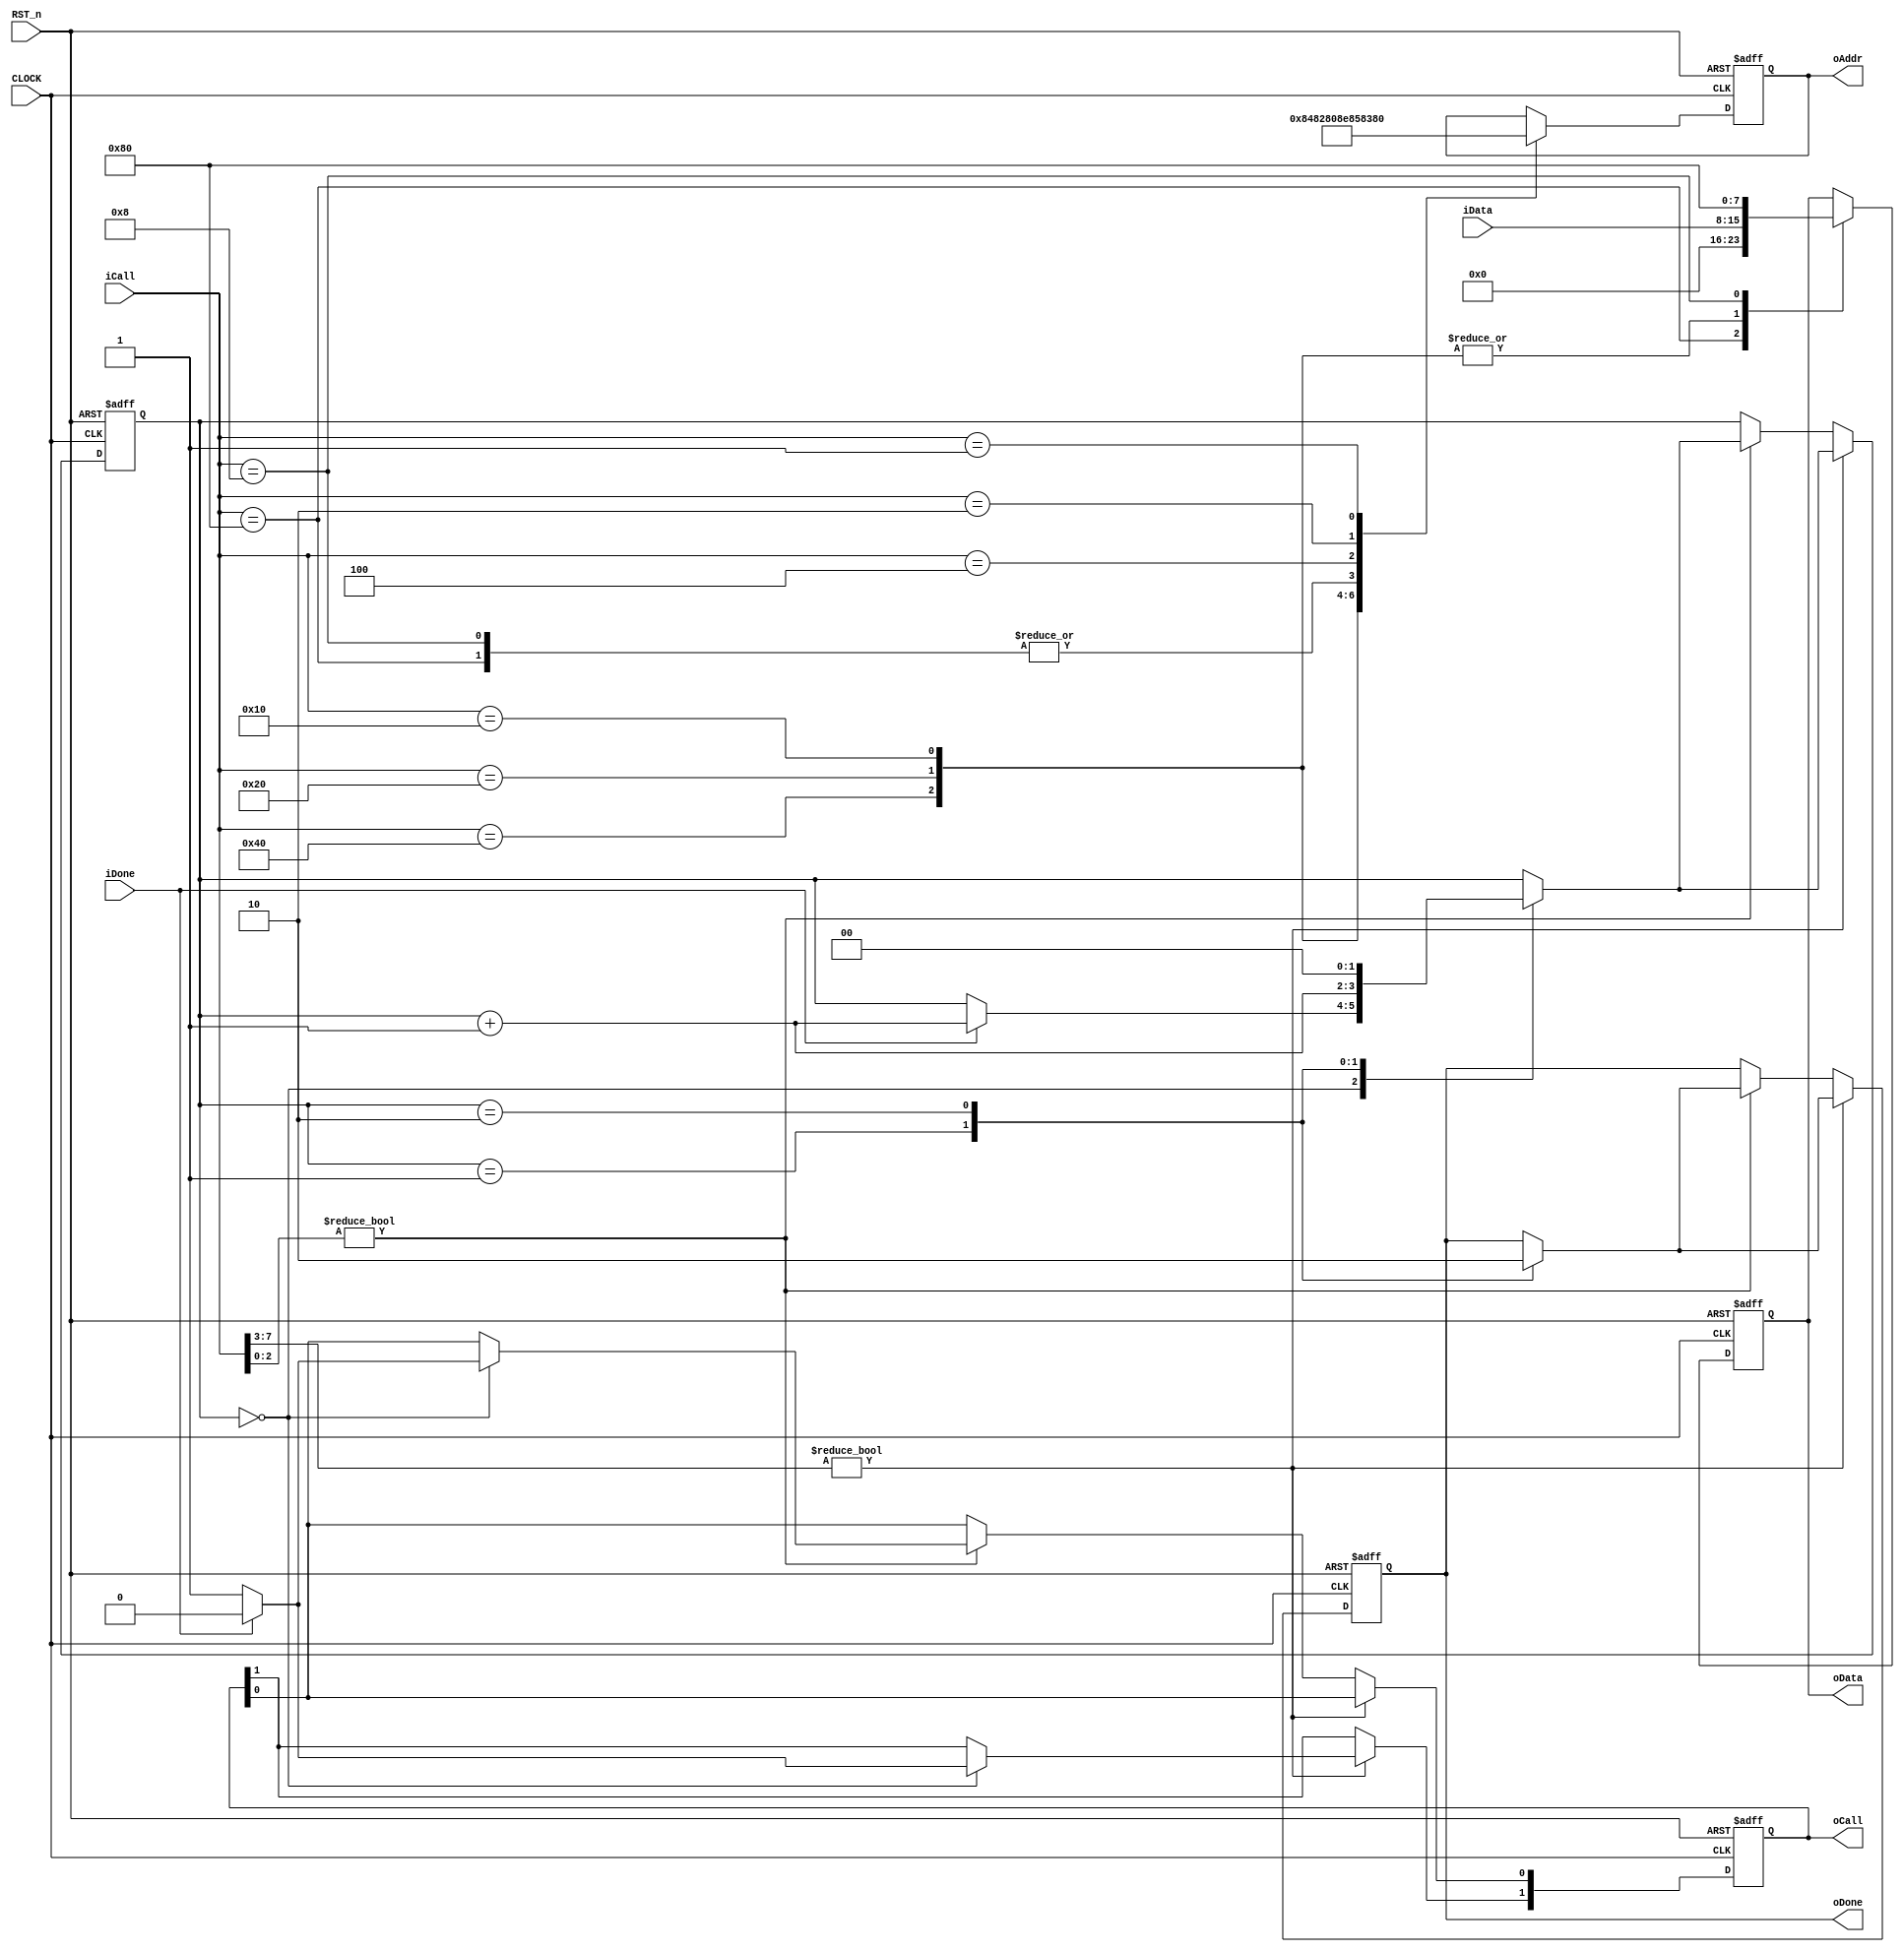
//****************************************************************************//
//# @Author: 
//# @Date:   2019-05-19 20:55:44
//# @Last Modified by:   zlk
//# @WeChat Official Account: OpenFPGA
//# @Last Modified time: 2019-05-19 21:05:49
//# Description: 
//# @Modification History: 2019-05-19 20:58:05
//# Date			    By			   Version			   Change Description: 
//# ========================================================================= #
//# 2019-05-19 20:58:05
//# ========================================================================= #
//# |                                          								| #
//# |                                OpenFPGA     							| #
//****************************************************************************//
module ds1302_ctrlmod
(
    input CLOCK, RST_n,	 
	 input [7:0]iCall,
	 output oDone,
	 input [7:0]iData,
	 output [1:0]oCall,
	 input iDone,
	 output [7:0]oAddr, oData
);	 
	 reg [7:0]D1,D2;
	 
	 always @ ( posedge CLOCK or negedge RST_n )
	     if( !RST_n )
		      begin
				    D1 <= 8'd0;
					 D2 <= 8'd0;
				end
		  else 
		      case( iCall[7:0] )
				
				    8'b1000_0000 : // Write unprotect
					 begin D1 = 8'h8E; D2 = 8'b0000_0000; end
					
				    8'b0100_0000 : // Write hour
					 begin D1 = 8'h84; D2 = iData; end
					 
					 8'b0010_0000 : // Write minit
					 begin D1 = 8'h82; D2 = iData; end
					 
					 8'b0001_0000 : // Write second
					 begin D1 = 8'h80; D2 = iData; end
					 
					 8'b0000_1000 : // Write protect
					 begin D1 = 8'h8E; D2 = 8'b1000_0000; end
					 
					 8'b0000_0100 : // Read hour
					 begin D1 = 8'h85; end
					 
					 8'b0000_0010 : // Read minit
					 begin D1 = 8'h83; end
					 
					 8'b0000_0001 : // Read second  
					 begin D1 = 8'h81; end
				
				endcase
	 
	 reg [1:0]i;
	 reg [1:0]isCall;
	 reg isDone;
	 
	 always @ ( posedge CLOCK or negedge RST_n )
	     if( !RST_n )
		      begin
				     i <= 2'd0;
					 isCall <= 2'b00;
					 isDone <= 1'b0;
				end
		  else if( iCall[7:3] ) // Write action
		      case( i )
				
				    0 :
					 if( iDone ) begin isCall[1] <= 1'b0; i <= i + 1'b1; end
					 else begin isCall[1] <= 1'b1; end
					 
					 1 :
					 begin isDone <= 1'b1; i <= i + 1'b1; end
					 
					 2 :
					 begin isDone <= 1'b0; i <= 2'd0; end
					  
				endcase
		  else if( iCall[2:0] ) // Read action
		      case( i )
				
				    0 :
					 if( iDone ) begin isCall[0] <= 1'b0; i <= i + 1'b1; end
					 else begin isCall[0] <= 1'b1; end
					 
					 1 :
					 begin isDone <= 1'b1; i <= i + 1'b1; end
					 
					 2 :
					 begin isDone <= 1'b0; i <= 2'd0; end
					  
				endcase
	  
	  assign oDone = isDone;
	  assign oCall = isCall;
	  assign oAddr = D1;
	  assign oData = D2;

endmodule